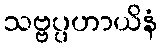
သဗ္ဗပ္ပဟာယိနံ